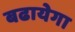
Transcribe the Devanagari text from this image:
बढायेगा